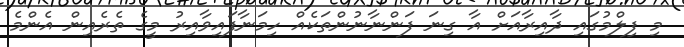
މި ފިލްމުގައި ދާއިރާއަށް އާ ގިނަ ފަންނާނުންތަކެއް ހިމަނާފައިވާއިރު މީގެ ތެރެއިން އެންމެ